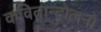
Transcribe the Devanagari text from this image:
कवितान्दोलनो